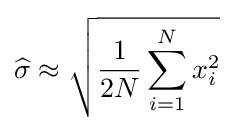
{\widehat {\sigma }}\approx {\sqrt {{\frac {1}{2N}}\sum _{i=1}^{N}x_{i}^{2}}}